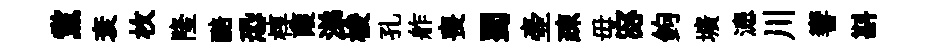
黨衰枚隆醅恐椁葭涕梭孔舴喪蜀壷疎毋宓鉤壙漶川響斟